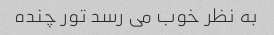
به نظر خوب می رسد تور چنده